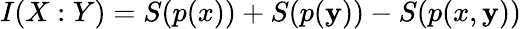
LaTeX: I(X:Y)=S(p(x))+S(p(\mathbf{y}))-S(p(x,\mathbf{y}))